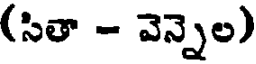
(సితా - వెన్నెల)